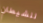
للشيطان